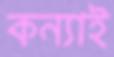
কন্যাই